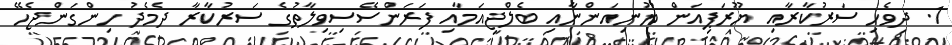
1. ދިވެހި ސަރުކާރާއި ޔޫރަޕިއަން ޔޫނިއަންނާއި ބެލްޖިއަމާއި ފަރަންސޭސިވިލާތުގެ ސަރުކާރާ ދެމެދު ހިންގަންޖެހޭ